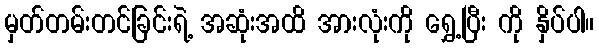
မှတ်တမ်းတင်ခြင်းရဲ့ အဆုံးအထိ အားလုံးကို ရွှေ့ပြီး ကို နှိပ်ပါ။